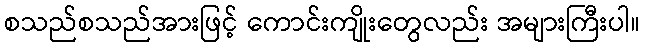
စသည်စသည်အားဖြင့် ကောင်းကျိုးတွေလည်း အများကြီးပါ။